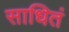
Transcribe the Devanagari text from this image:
साधितं